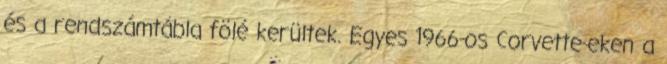
és a rendszámtábla fölé kerültek. Egyes 1966-os Corvette-eken a